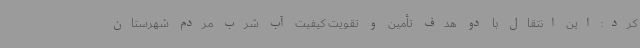
کرد: این انتقال با دو هدف تأمین و تقویت کیفیت آب شرب مردم شهرستان